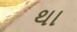
થા